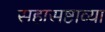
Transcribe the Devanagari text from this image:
सहासष्टाव्या